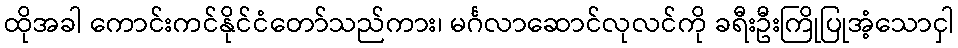
ထိုအခါ ကောင်းကင်နိုင်ငံတော်သည်ကား၊ မင်္ဂလာဆောင်လုလင်ကို ခရီးဦးကြိုပြုအံ့သောငှါ